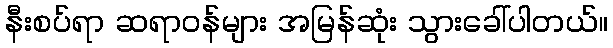
နီးစပ်ရာ ဆရာဝန်များ အမြန်ဆုံး သွားခေါ်ပါတယ်။